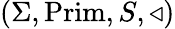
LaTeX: (\Sigma,{\mathrm{Prim}},S,\triangleleft)